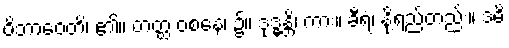
ဝိဘာဝေတိ၊ ၏။ တတ္ထ ဝစနေ၊ ၌။ ဒုဒ္ဓန္တိ၊ ကား။ ခီရံ၊ နို့ရည်တည်း။ ဒဓိ